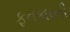
ફનકારની